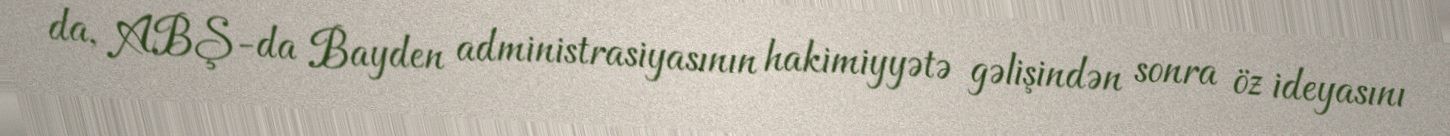
da, ABŞ-da Bayden administrasiyasının hakimiyyətə gəlişindən sonra öz ideyasını